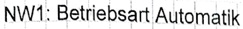
Text: NW1: Betriebsart Automatik